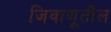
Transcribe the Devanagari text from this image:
जिवाणूतील